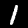
Digit: 1